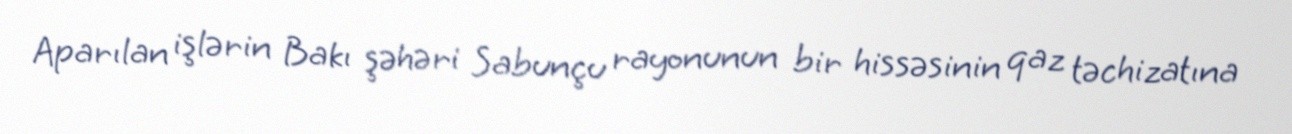
Aparılan işlərin Bakı şəhəri Sabunçu rayonunun bir hissəsinin qaz təchizatına